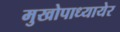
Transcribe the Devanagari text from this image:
मुखोपाध्यायेर